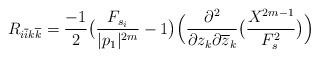
LaTeX: \begin{align*} R_{i\overline{i} k \overline{k}} = \frac{-1}{2} \big( \frac{F_{s_i}}{|p_1|^{2m}} -1 \big)\Big(\frac{\partial^2}{\partial z_k \partial\overline{z}_k}\big( \frac{X^{2m-1}}{F_s^2}\big) \Big)\end{align*}